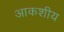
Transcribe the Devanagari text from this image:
आकशीय